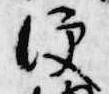
便